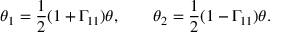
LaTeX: \theta _ { 1 } = { \frac { 1 } { 2 } } ( 1 + \Gamma _ { 1 1 } ) \theta , \qquad \theta _ { 2 } = { \frac { 1 } { 2 } } ( 1 - \Gamma _ { 1 1 } ) \theta .